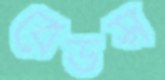
বেডস